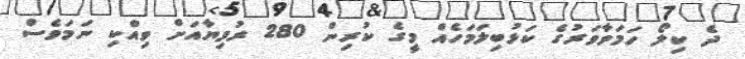
ދެ ކިލޯ ހަމަވާވަރުގެ ކަޅުބިލަމަހެއް މީގެ ކުރިން 280 ރުފިޔާއަށް ވިއްކި ނަމަވެސް